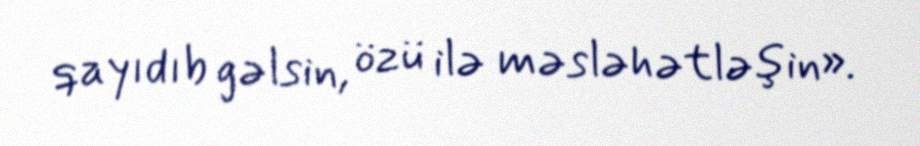
qayıdıb gəlsin, özü ilə məsləhətləşin».